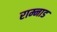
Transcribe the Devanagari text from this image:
राम्नाड